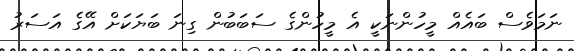
ނަމަވެސް ބައެއް މީހުންނަކީ އެ މީހުންގެ ސަބަބުން ގިނަ ބަޔަކަށް އޭގެ އަސަރު